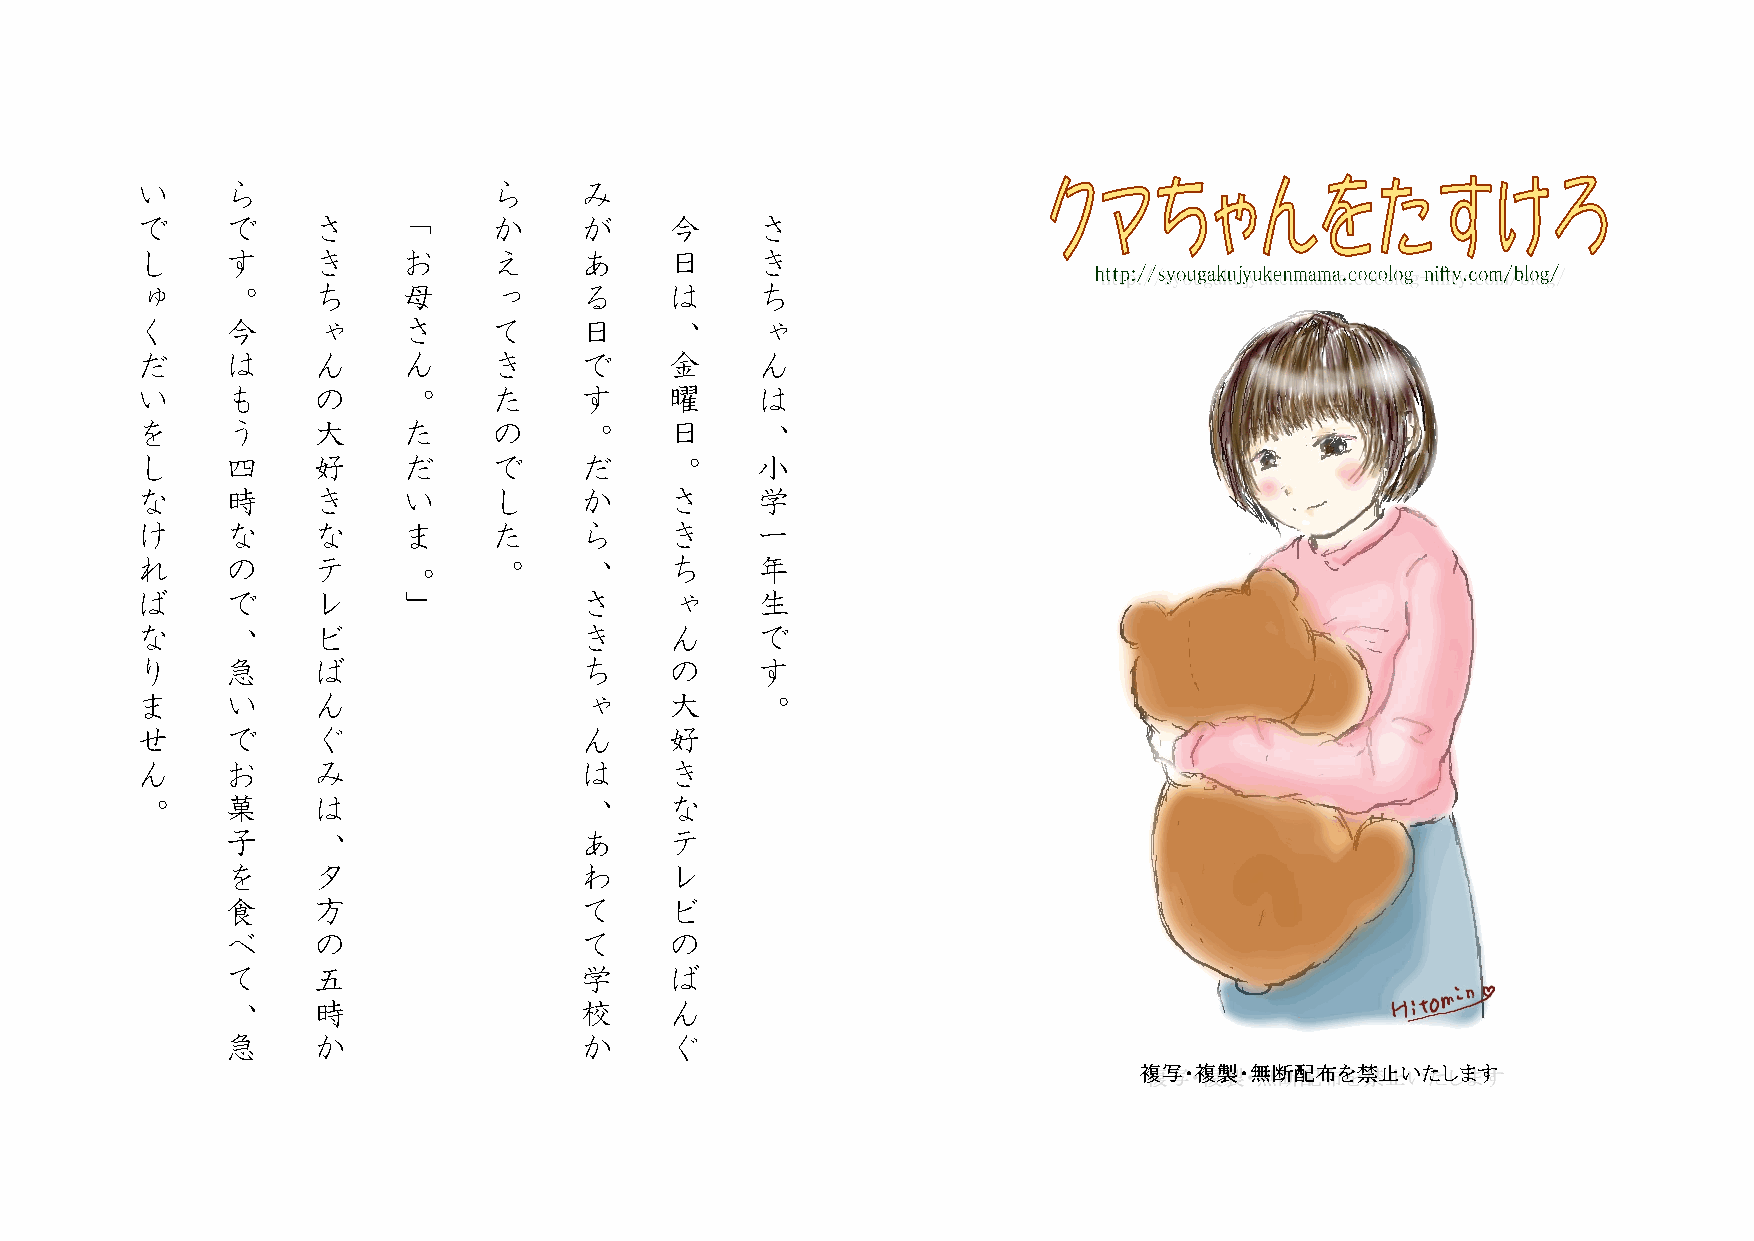
い     ら                 ら    み
 で     で     さ     「     か    が     今     さ
 し     す     き     お     え    あ     日     き
 ゅ     。     ち     母     っ    る     は     ち
 く     今     ゃ     さ     て    日     、     ゃ
 だ     は     ん     ん     き    で     金     ん
 い     も     の     。     た    す     曜     は
 を     う     大     た     の    。     日     、
 し     四     好     だ     で    だ     。     小
 な     時     き     い     し    か     さ     学
 け     な     な     ま     た    ら     き     一
 れ     の     テ           。    、     ち     年
 。
 ば     で     レ     」          さ     ゃ     生
 な     、     ビ                き     ん     で
 り     急     ば                ち     の     す
 ま     い     ん                ゃ     大     。
 せ     で     ぐ                ん     好
 ん     お     み                は     き
 。     菓     は                、     な
 子     、                あ     テ
 を     夕                わ     レ
 食     方                て     ビ
 べ     の                て     の
 て     五                学     ば
 、     時                校     ん
 急     か                か     ぐ